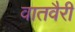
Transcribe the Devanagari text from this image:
वातवैरी